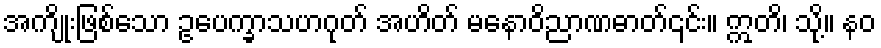
အကျိုးဖြစ်သော ဥပေက္ခာသဟဂုတ် အဟိတ် မနောဝိညာဏဓာတ်၎င်း။ ဣတိ၊ သို့။ နဝ